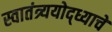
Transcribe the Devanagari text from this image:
स्वातंत्र्ययोद्‌ध्याचे